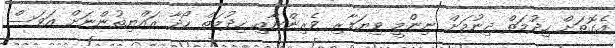
އެގޮތަށް ހިދުމަތް ދިނުމަށް ނިންމީ ވިޔަފާރި ވެރިންނާއި ހިދުމަތް ހޯދާ ރައްޔިތުންނަށް އަވަސް